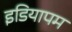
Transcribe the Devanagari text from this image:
इडियापम